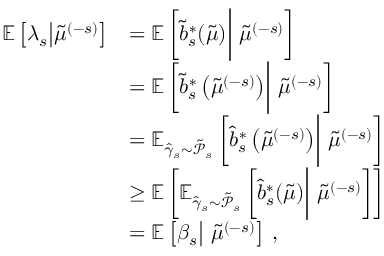
\begin{array} { r l } { \mathbb { E } \left[ \lambda _ { s } \big | \tilde { \mu } ^ { ( - s ) } \right] } & { = \mathbb { E } \left[ \tilde { b } _ { s } ^ { * } ( \tilde { \mu } ) \biggr | \ \tilde { \mu } ^ { ( - s ) } \right] } \\ & { = \mathbb { E } \left[ \tilde { b } _ { s } ^ { * } \left( \tilde { \mu } ^ { ( - s ) } \right) \biggr | \ \tilde { \mu } ^ { ( - s ) } \right] } \\ & { = \mathbb { E } _ { \hat { \gamma } _ { s } \sim \tilde { \mathcal { P } } _ { s } } \left[ \hat { b } _ { s } ^ { * } \left( \tilde { \mu } ^ { ( - s ) } \right) \biggr | \ \tilde { \mu } ^ { ( - s ) } \right] } \\ & { \geq \mathbb { E } \left[ \mathbb { E } _ { \hat { \gamma } _ { s } \sim \tilde { \mathcal { P } } _ { s } } \left[ \hat { b } _ { s } ^ { * } ( \tilde { \mu } ) \biggr | \ \tilde { \mu } ^ { ( - s ) } \right] \right] } \\ & { = \mathbb { E } \left[ \beta _ { s } \big | \ \tilde { \mu } ^ { ( - s ) } \right] \, , } \end{array}